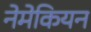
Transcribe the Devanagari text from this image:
नेमेकियन